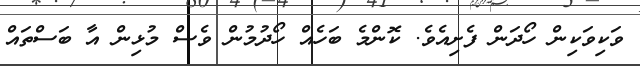
ވަކިވަކިން ހޯދަން ފެށިއެވެ. ކޮންމެ ބަހެއް ހޯދުމުން ވެސް މުޅިން އާ ބަސްތައް